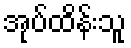
အုပ်ထိန်းသူ